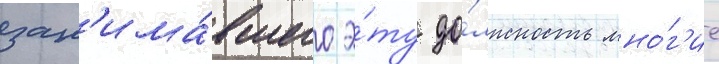
зан'има́вшего э́ту до́лжность мно́г'ие